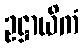
ဥဋ္ဌာယိကံ